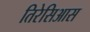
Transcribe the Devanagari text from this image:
तिरेसिआस